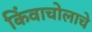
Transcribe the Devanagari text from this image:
किंवाचोलाचे